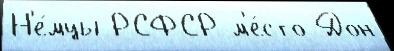
Н'е́мцы РСФСР м'е́сто Дон